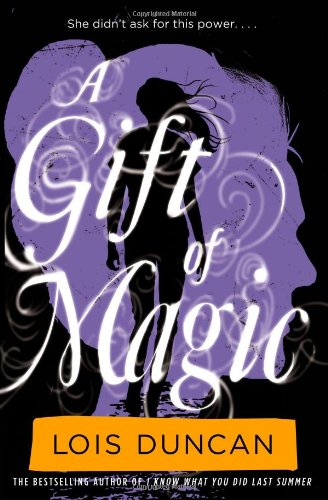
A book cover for A Gift of Magic; Lois Duncan; Teen & Young Adult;